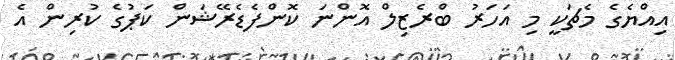
އިއްޔެގެ މެޗަކީ މި އަހަރު ބްރެޒިލް އޮންނަ ކޮންފެޑެރޭޝަން ކަޕުގެ ކުރިން އެ